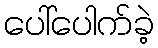
ပေါ်ပေါက်ခဲ့